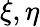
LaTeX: \xi,\eta